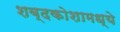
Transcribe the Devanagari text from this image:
शब्दकोशामध्ये